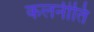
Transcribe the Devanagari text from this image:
कलनीति